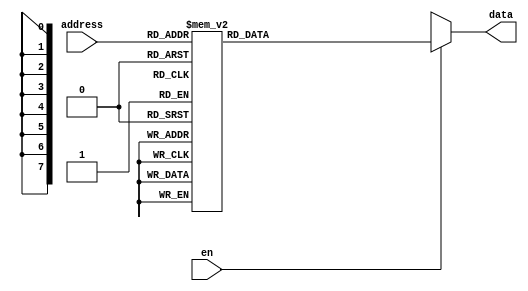
module ROM( output [7:0] data,
            input [3:0] address,
            input en
);

    assign data = (en)? ROM_LOC(address) : 8'bx;

    function [7:0] ROM_LOC(input [3:0] a);
        case(a)
            4'h0:   ROM_LOC = 8'b1010_1001;
            4'h1:   ROM_LOC = 8'b1111_1101;
            4'h2:   ROM_LOC = 8'b1110_1001;
            4'h3:   ROM_LOC = 8'b1101_1100;
            4'h4:   ROM_LOC = 8'b1011_1001;
            4'h5:   ROM_LOC = 8'b1100_0010;
            4'h6:   ROM_LOC = 8'b1100_0101;
            4'h7:   ROM_LOC = 8'b0000_0100;
            4'h8:   ROM_LOC = 8'b1110_1100;
            4'h9:   ROM_LOC = 8'b1000_1010;
            4'hA:   ROM_LOC = 8'b1100_1111;
            4'hB:   ROM_LOC = 8'b0011_0100;
            4'hC:   ROM_LOC = 8'b1100_0001;
            4'hD:   ROM_LOC = 8'b1001_1111;
            4'hE:   ROM_LOC = 8'b1010_0101;
            4'hF:   ROM_LOC = 8'b0101_1100;
            default:ROM_LOC = 8'bx;
        endcase
    endfunction
endmodule